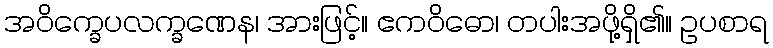
အဝိက္ခေပလက္ခဏေန၊ အားဖြင့်။ ဧကဝိဓော၊ တပါးအဖို့ရှိ၏။ ဥပစာရ